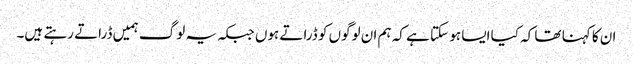
ان کا کہنا تھا کہ کیا ایسا ہو سکتا ہے کہ ہم ان لوگوں کو ڈراتے ہوں جبکہ یہ لوگ ہمیں ڈراتے رہتے ہیں۔